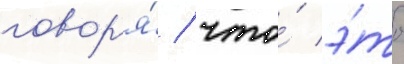
говор'я́ / что́ э́то